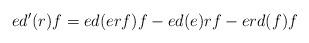
LaTeX: \begin{align*} ed'(r)f=ed(erf)f-ed(e)rf-erd(f)f \end{align*}